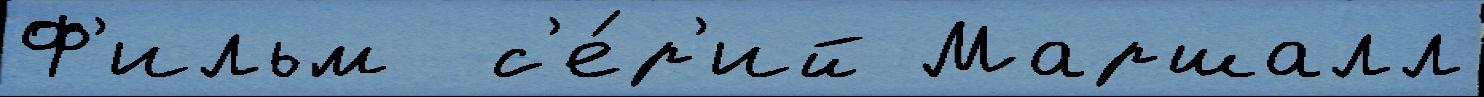
Ф'ильм  с'е́р'ий Маршалл